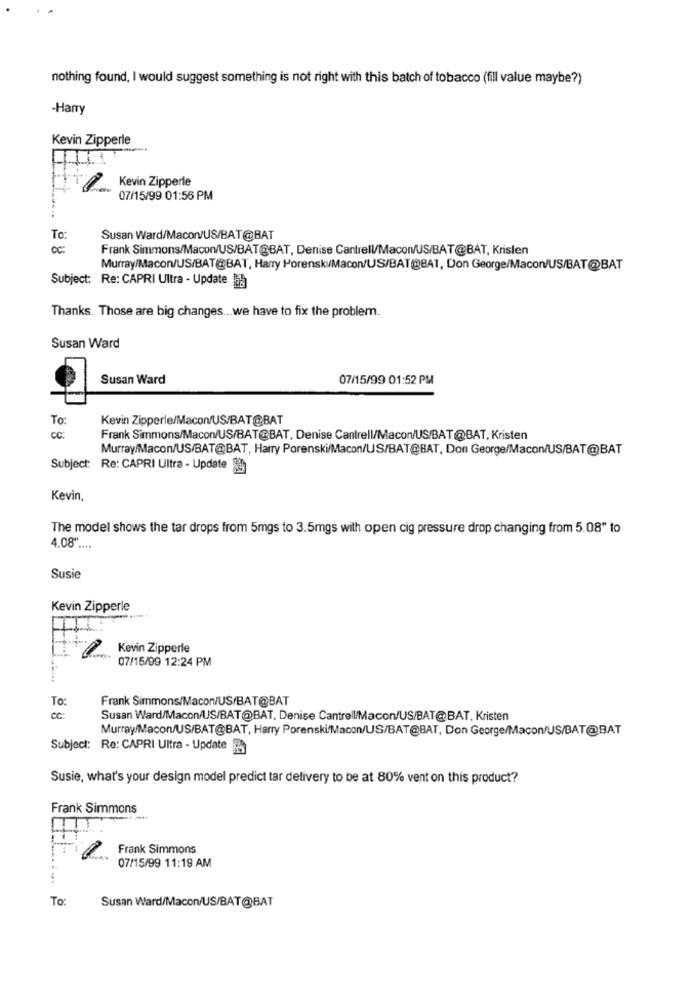
nothing found, I would suggest something is not right with this batch of tobacco (fill value maybe?)
-Harry
Kevin Zipperle
--
Kevin Zipperle
07/15/99 01:56 PM
To
Susan Ward/Maconv/US/BAT@BAT
Frank Simmons/Macon/US/BAT@BAT, Denise Cantrell/Macon/US/BAT@BAT, Krislen
Murray/Macon/US/BAT@BAT, Harry Porenski/Macon/US/BAT@BAT, Don George/Macon/US/BAT@BAT
Subject: Re: CAPRI Ultra - Update
Thanks. Those are big changes. .. we have to fix the problem.
Susan Ward
Susan Ward
07/15/99 01:52 PM
To:
Kevin Zipperle/Macon/US/BAT@BAT
Cc:
Frank Simmons/Macon/US/BAT@BAT. Denise Cantrell/Macon/US/BAT@BAT, Kristen
Murray/Macon/US/BAT@BAT, Harry Porenski/Macon/US/BAT@BAT, Don George/Macon/US/BAT@BAT
Subject: Re: CAPRI Ultra - Update 9
Kevin,
The model shows the tar drops from 5mgs to 3.5mgs with open cig pressure drop changing from 5.08" to
4.08" ....
Susie
Kevin Zipperle
Kevin Zipperle
07/15/99 12:24 PM
To:
Frank Simmons/Macon/US/BAT@BAT
cc:
Susan Ward/Macon/US/BAT@BAT, Denise Cantrell/Macon/US/BAT@BAT. Kristen
Murray/Macon/US/BAT@BAT, Harry Porenski/Macon/US/BAT@BAT, Don George/Macon/US/BAT@BAT
Subject: Re: CAPRI Ultra - Update
Susie, what's your design model predict tar delivery to be at 80% vent on this product?
Frank Simmons
Frank Simmons
07/15/99 11:19 AM
To:
Susan Ward/Macon/US/BAT@BAT